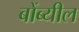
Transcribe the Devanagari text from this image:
बोंब्यील